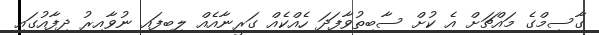
ގާސިމްގެ މައްޗަށް އެ ކުށް ސާބިތުވާފަދަ ހެއްކެއް ގަރީނާއެއް ލިބިފައި ނުވާއިރު ދިފާއުގައި